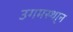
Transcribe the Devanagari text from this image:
उगमस्था्न